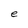
Character: e